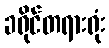
ခရိုင်တရားရုံး